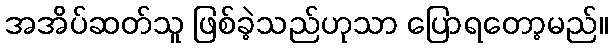
အအိပ်ဆတ်သူ ဖြစ်ခဲ့သည်ဟုသာ ပြောရတော့မည်။